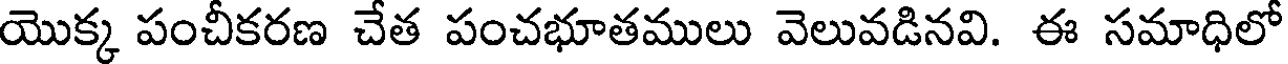
యొక్క పంచీకరణ చేత పంచభూతములు వెలువడినవి. ఈ సమాధిలో